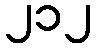
၂၁၂